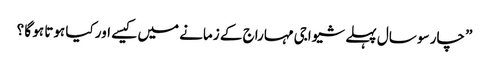
” چار سو سال پہلے شیواجی مہاراج کے زمانے میں کیسے اور کیا ہوتا ہو گا ؟